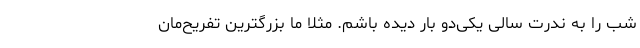
شب را به ندرت سالی یکی‌دو بار دیده باشم. مثلا ما بزرگترین تفریح‌مان